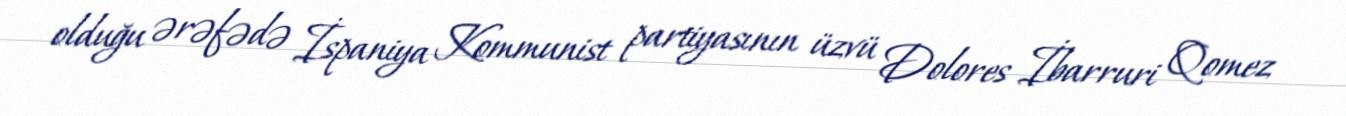
olduğu ərəfədə İspaniya Kommunist partiyasının üzvü Dolores İbarruri Qomez